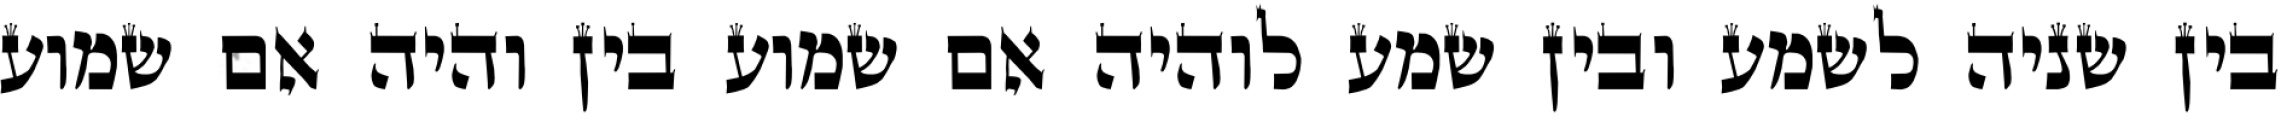
בין שניה לשמע ובין שמע לוהיה אם שמוע בין והיה אם שמוע